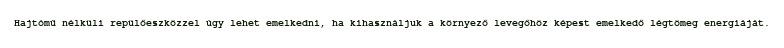
Hajtómű nélküli repülőeszközzel úgy lehet emelkedni, ha kihasználjuk a környező levegőhöz képest emelkedő légtömeg energiáját.